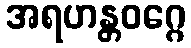
အရဟန္တဝဂ္ဂေ